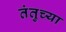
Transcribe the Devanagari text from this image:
तंतुच्या